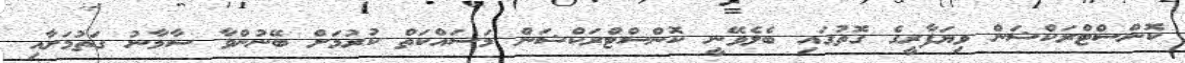
ކޮންސްްޓްރަކްޝަން ވިޔަފާރީގެ ގޮތުގައި ބެލެވޭނީ ކޮންސްޓްރަކްޝަން މަސައްކަތް ކުރުމަށް ބޭނުންވާ ސާމާނު ގަތުމަށާއި